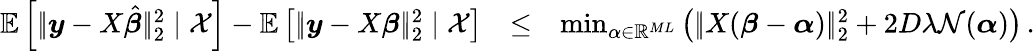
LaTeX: \begin{array}{rlr}{\mathbb E\left[|\! |\boldsymbol{y}-X\hat{\boldsymbol{\beta}}|\! |_{2}^{2}\mid\mathcal X\right]-\mathbb E\left[|\! |\boldsymbol{y}-X{\boldsymbol{\beta}}|\! |_{2}^{2}\mid\mathcal X\right]}&{\leq}&{\operatorname*{min}_{\alpha\in\mathbb R^{ML}}\left(|\! |X(\boldsymbol{\beta}-\boldsymbol{\alpha})|\! |_{2}^{2}+2D\lambda\mathcal N(\boldsymbol{\alpha})\right)\, .}\end{array}